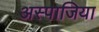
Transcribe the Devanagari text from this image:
अस्पाजिया